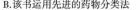
B.该书运用先进的药物分类法